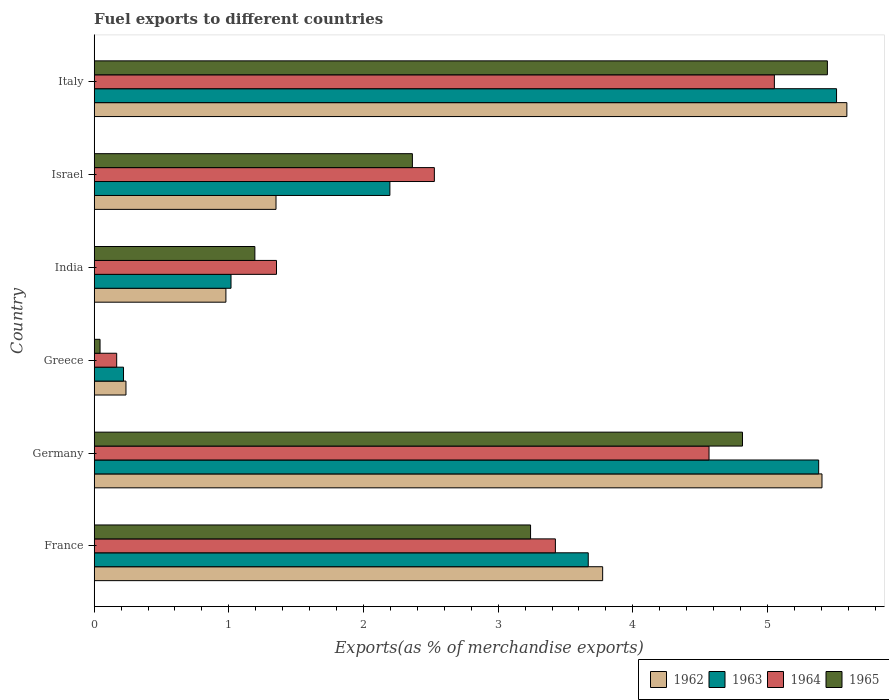
| Country | 1962 | 1963 | 1964 | 1965 |
 | --- | --- | --- | --- | --- |
 | France | 3.78 | 3.67 | 3.43 | 3.24 |
 | Germany | 5.4 | 5.38 | 4.57 | 4.81 |
 | Greece | 0.236 | 0.218 | 0.167 | 0.0434 |
 | India | 0.978 | 1.02 | 1.35 | 1.19 |
 | Israel | 1.35 | 2.2 | 2.53 | 2.36 |
 | Italy | 5.59 | 5.51 | 5.05 | 5.45 |